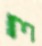
ল